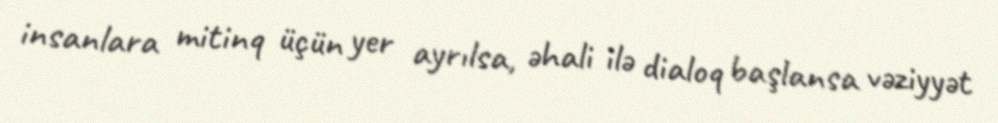
insanlara mitinq üçün yer ayrılsa, əhali ilə dialoq başlansa vəziyyət